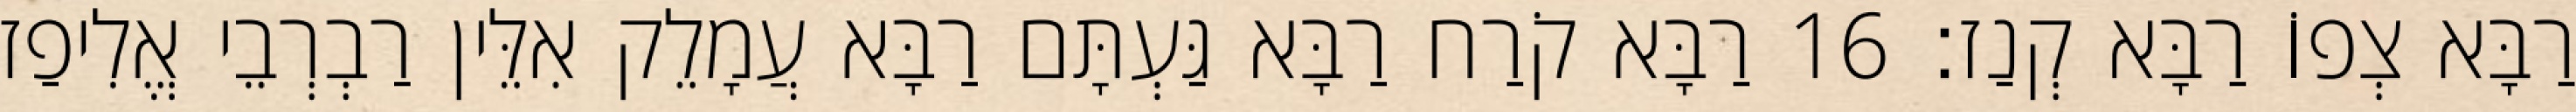
רַבָּא צְפוֹ רַבָּא קְנַז׃ 16 רַבָּא קֹרַח רַבָּא גַּעְתָּם רַבָּא עֲמָלֵק אִלֵּין רַבְרְבֵי אֱלִיפַז